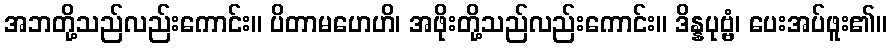
အဘတို့သည်လည်းကောင်း။ ပိတာမဟေဟိ၊ အဖိုးတို့သည်လည်းကောင်း။ ဒိန္နပုဗ္ဗံ၊ ပေးအပ်ဖူး၏။